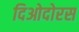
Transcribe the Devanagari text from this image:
दिओदोरस